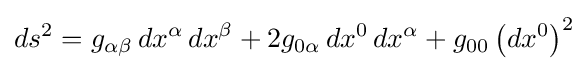
ds^{2}=g_{\alpha \beta }\,dx^{\alpha }\,dx^{\beta }+2g_{0\alpha }\,dx^{0}\,dx^{\alpha }+g_{00}\left(dx^{0}\right)^{2}